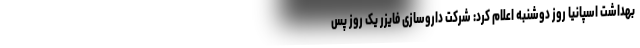
بهداشت اسپانیا روز دوشنبه اعلام کرد: شرکت داروسازی فایزر یک روز پس